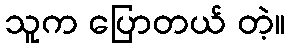
သူက ပြောတယ် တဲ့။